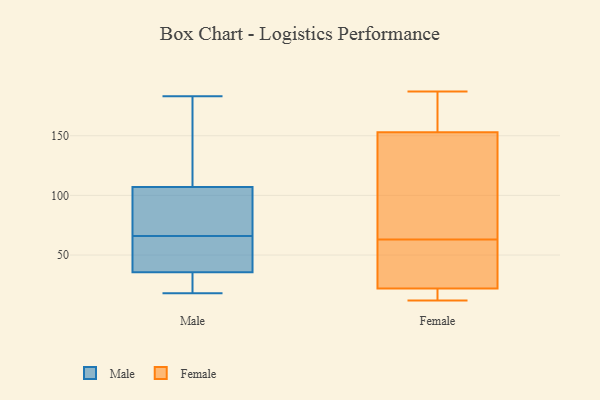
{"axis": {"x": "Net Income (USD K)", "y": "Value"}, "legend": ["Female", "Male"], "data": [{"x": "", "y": 63, "type": "Male"}, {"x": "", "y": 18, "type": "Male"}, {"x": "", "y": 183, "type": "Male"}, {"x": "", "y": 101, "type": "Male"}, {"x": "", "y": 31, "type": "Male"}, {"x": "", "y": 62, "type": "Male"}, {"x": "", "y": 33, "type": "Male"}, {"x": "", "y": 58, "type": "Male"}, {"x": "", "y": 18, "type": "Male"}, {"x": "", "y": 87, "type": "Male"}, {"x": "", "y": 118, "type": "Male"}, {"x": "", "y": 69, "type": "Male"}, {"x": "", "y": 123, "type": "Male"}, {"x": "", "y": 69, "type": "Male"}, {"x": "", "y": 59, "type": "Male"}, {"x": "", "y": 30, "type": "Male"}, {"x": "", "y": 178, "type": "Male"}, {"x": "", "y": 113, "type": "Male"}, {"x": "", "y": 78, "type": "Male"}, {"x": "", "y": 38, "type": "Male"}, {"x": "", "y": 169, "type": "Female"}, {"x": "", "y": 21, "type": "Female"}, {"x": "", "y": 14, "type": "Female"}, {"x": "", "y": 147, "type": "Female"}, {"x": "", "y": 23, "type": "Female"}, {"x": "", "y": 63, "type": "Female"}, {"x": "", "y": 12, "type": "Female"}, {"x": "", "y": 139, "type": "Female"}, {"x": "", "y": 20, "type": "Female"}, {"x": "", "y": 33, "type": "Female"}, {"x": "", "y": 187, "type": "Female"}, {"x": "", "y": 25, "type": "Female"}, {"x": "", "y": 63, "type": "Female"}, {"x": "", "y": 159, "type": "Female"}, {"x": "", "y": 161, "type": "Female"}, {"x": "", "y": 145, "type": "Female"}]}